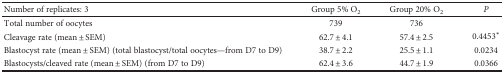
| Number of replicates: 3 | Group 5% O2 | Group 20% O2 | P |
 | --- | --- | --- | --- |
 | Total number of oocytes | 739 | 736 |  |
 | Cleavage rate (mean ± SEM) | 62.7 ± 4.1 | 57.4 ± 2.5 | 0.4453∗ |
 | Blastocyst rate (mean ± SEM) (total blastocyst/total oocytes—from D7 to D9) | 38.7 ± 2.2 | 25.5 ± 1.1 | 0.0234 |
 | Blastocysts/cleaved rate (mean ± SEM) (from D7 to D9) | 62.4 ± 3.6 | 44.7 ± 1.9 | 0.0366 |